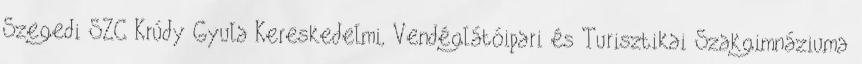
Szegedi SZC Krúdy Gyula Kereskedelmi, Vendéglátóipari és Turisztikai Szakgimnáziuma